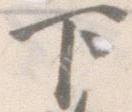
下